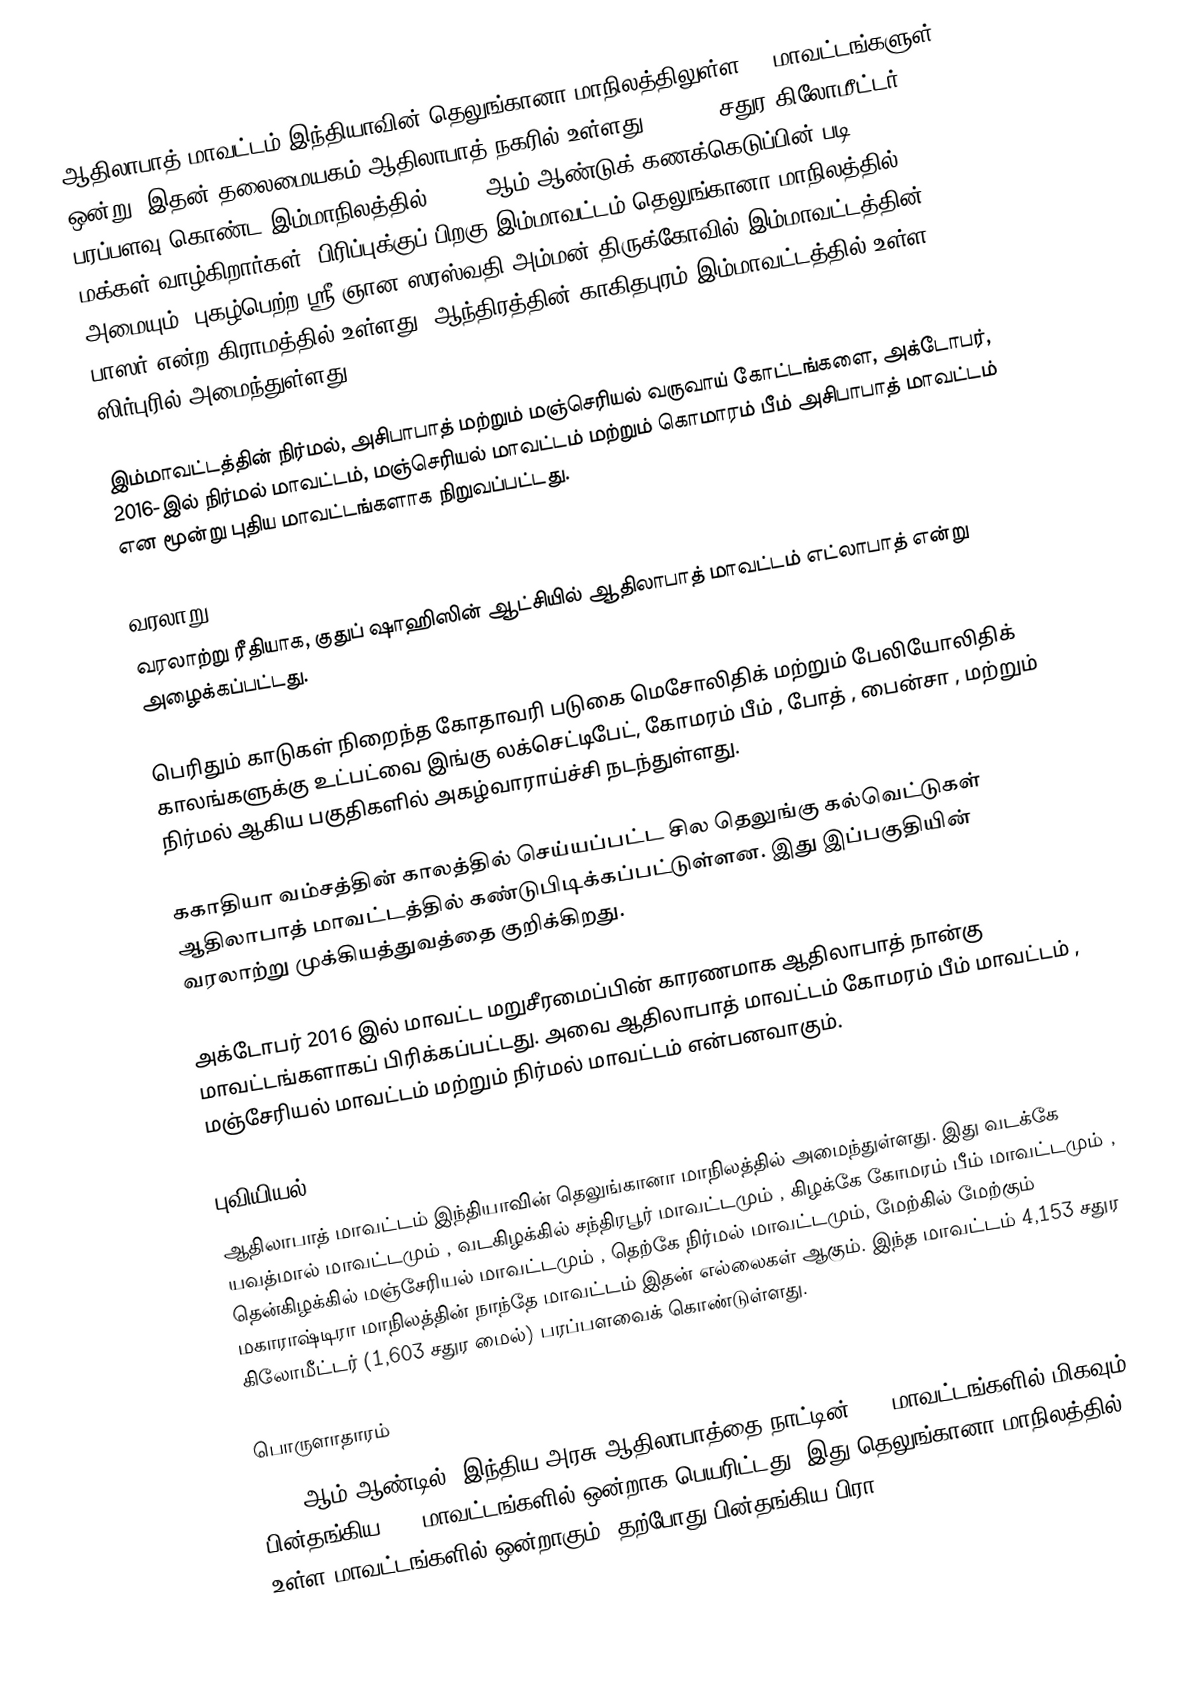
ஆதிலாபாத் மாவட்டம் இந்தியாவின் தெலுங்கானா மாநிலத்திலுள்ள 33 மாவட்டங்களுள் ஒன்று. இதன் தலைமையகம் ஆதிலாபாத் நகரில் உள்ளது. 16,128 சதுர கிலோமீட்டர் பரப்பளவு கொண்ட இம்மாநிலத்தில், 2001 ஆம் ஆண்டுக் கணக்கெடுப்பின் படி 2,488,003 மக்கள் வாழ்கிறார்கள். பிரிப்புக்குப் பிறகு இம்மாவட்டம்  தெலுங்கானா  மாநிலத்தில் அமையும். புகழ்பெற்ற ஸ்ரீ ஞான ஸரஸ்வதி அம்மன் திருக்கோவில் இம்மாவட்டத்தின் பாஸர் என்ற கிராமத்தில் உள்ளது. ஆந்திரத்தின் காகிதபுரம் இம்மாவட்டத்தில் உள்ள ஸிர்புரில் அமைந்துள்ளது.

இம்மாவட்டத்தின் நிர்மல், அசிபாபாத் மற்றும் மஞ்செரியல் வருவாய் கோட்டங்களை, அக்டோபர், 2016-இல் நிர்மல் மாவட்டம், மஞ்செரியல் மாவட்டம் மற்றும் கொமாரம் பீம் அசிபாபாத் மாவட்டம் என மூன்று புதிய மாவட்டங்களாக நிறுவப்பட்டது.

வரலாறு
வரலாற்று ரீதியாக, குதுப் ஷாஹிஸின் ஆட்சியில் ஆதிலாபாத் மாவட்டம் எட்லாபாத் என்று அழைக்கப்பட்டது.

பெரிதும் காடுகள் நிறைந்த கோதாவரி படுகை  மெசோலிதிக் மற்றும் பேலியோலிதிக் காலங்களுக்கு உட்பட்வை இங்கு லக்செட்டிபேட், கோமரம் பீம் , போத் , பைன்சா , மற்றும் நிர்மல் ஆகிய பகுதிகளில் அகழ்வாராய்ச்சி நடந்துள்ளது.

ககாதியா வம்சத்தின் காலத்தில் செய்யப்பட்ட சில தெலுங்கு கல்வெட்டுகள் ஆதிலாபாத் மாவட்டத்தில் கண்டுபிடிக்கப்பட்டுள்ளன. இது இப்பகுதியின் வரலாற்று முக்கியத்துவத்தை குறிக்கிறது.

அக்டோபர் 2016 இல் மாவட்ட மறுசீரமைப்பின் காரணமாக ஆதிலாபாத் நான்கு மாவட்டங்களாகப் பிரிக்கப்பட்டது. அவை ஆதிலாபாத் மாவட்டம் கோமரம் பீம் மாவட்டம் , மஞ்சேரியல் மாவட்டம் மற்றும் நிர்மல் மாவட்டம் என்பனவாகும்.

புவியியல்
ஆதிலாபாத் மாவட்டம் இந்தியாவின் தெலுங்கானா மாநிலத்தில் அமைந்துள்ளது. இது வடக்கே யவத்மால் மாவட்டமும் , வடகிழக்கில் சந்திரபூர் மாவட்டமும் , கிழக்கே கோமரம் பீம் மாவட்டமும் , தென்கிழக்கில் மஞ்சேரியல் மாவட்டமும் , தெற்கே நிர்மல் மாவட்டமும், மேற்கில் மேற்கும் மகாராஷ்டிரா மாநிலத்தின் நாந்தே மாவட்டம் இதன் எல்லைகள் ஆகும். இந்த மாவட்டம் 4,153 சதுர கிலோமீட்டர் (1,603 சதுர மைல்) பரப்பளவைக் கொண்டுள்ளது.

பொருளாதாரம்
2006 ஆம் ஆண்டில், இந்திய அரசு ஆதிலாபாத்தை நாட்டின் 640 மாவட்டங்களில் மிகவும் பின்தங்கிய 250 மாவட்டங்களில் ஒன்றாக பெயரிட்டது. இது தெலுங்கானா மாநிலத்தில் உள்ள மாவட்டங்களில் ஒன்றாகும். தற்போது பின்தங்கிய பிரா